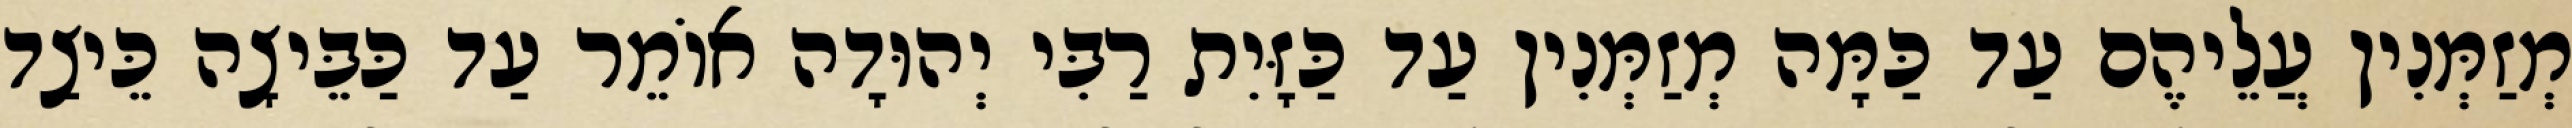
מְזַמְּנִין עֲלֵיהֶם עַד כַּמָּה מְזַמְּנִין עַד כַּזָּיִת רַבִּי יְהוּדָה אוֹמֵר עַד כַּבֵּיצָה כֵּיצַד